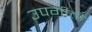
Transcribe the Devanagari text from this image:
उपगीती